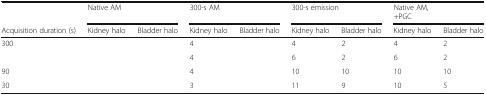
<table><thead><tr><td>[EMPTY_CELL]</td><td colspan="2"><b>Native AM</b></td><td colspan="2"><b>300-s AM</b></td><td colspan="2"><b>300-s emission</b></td><td colspan="2"><b>Native AM,+PGC</b></td></tr><tr><td><b>Acquisition duration (s)</b></td><td><b>Kidney halo</b></td><td><b>Bladder halo</b></td><td><b>Kidney halo</b></td><td><b>Bladder halo</b></td><td><b>Kidney halo</b></td><td><b>Bladder halo</b></td><td><b>Kidney halo</b></td><td><b>Bladder halo</b></td></tr></thead><tbody><tr><td>300</td><td>[EMPTY_CELL]</td><td>[EMPTY_CELL]</td><td>4</td><td>[EMPTY_CELL]</td><td>4</td><td>2</td><td>4</td><td>2</td></tr><tr><td>[EMPTY_CELL]</td><td>[EMPTY_CELL]</td><td>[EMPTY_CELL]</td><td>4</td><td>[EMPTY_CELL]</td><td>6</td><td>2</td><td>6</td><td>2</td></tr><tr><td>90</td><td>[EMPTY_CELL]</td><td>[EMPTY_CELL]</td><td>4</td><td>[EMPTY_CELL]</td><td>10</td><td>10</td><td>10</td><td>10</td></tr><tr><td>30</td><td>[EMPTY_CELL]</td><td>[EMPTY_CELL]</td><td>3</td><td>[EMPTY_CELL]</td><td>11</td><td>9</td><td>10</td><td>5</td></tr></tbody></table>